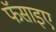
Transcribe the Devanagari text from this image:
फॅसाइए